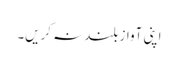
اپنی آواز بلند نہ کریں۔